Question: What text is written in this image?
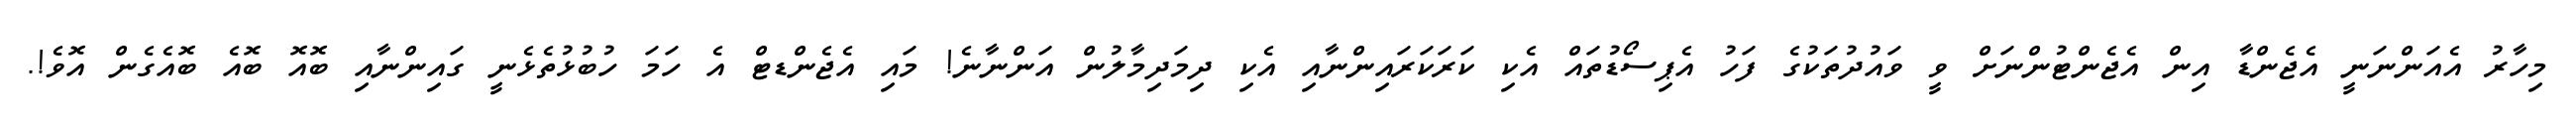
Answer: މިހާރު އެއަންނަނީ އެޖެންޑާ އިން އެޖެންޓުންނަށް ވީ ވައުދުތަކުގެ ފަހު އެޕިސޯޑުތައް އެކި ކަރަކަރައިންނާއި އެކި ދިމަދިމާލުން އަންނާނެ! މައި އެޖެންޑޓް އެ ހަމަ ހުބުޅުތެޅެނީ ގައިންނާއި ބޮއޮ ބޮއެ ބޮއެގެން އޮވެ!.